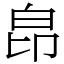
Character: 皍